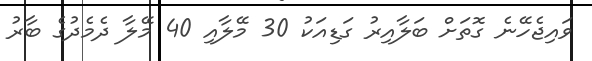
ވައިޖެހޭނެ ގޮތަށް ބަލާއިރު ގަޑިއަކު 30 މޭލާއި 40 މޭލާ ދެމެދުގެ ބާރު